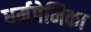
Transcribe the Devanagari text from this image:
धर्मप्रेमिका